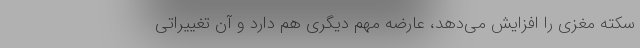
سکته مغزی را افزایش می‌دهد، عارضه مهم دیگری هم دارد و آن تغییراتی